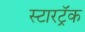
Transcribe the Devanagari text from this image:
स्टारट्रॅक